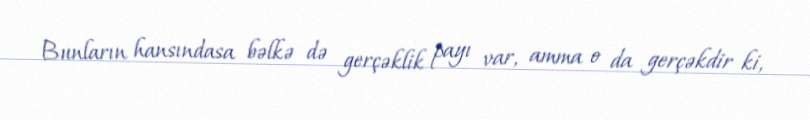
Bunların hansındasa bəlkə də gerçəklik payı var, amma o da gerçəkdir ki,